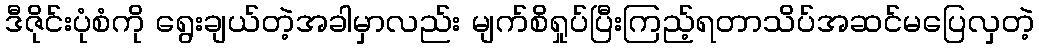
ဒီဇိုင်းပုံစံကို ရွေးချယ်တဲ့အခါမှာလည်း မျက်စိရှုပ်ပြီးကြည့်ရတာသိပ်အဆင်မပြေလှတဲ့